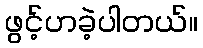
ဖွင့်ဟခဲ့ပါတယ်။